Civil Veterinary Department. Madras. Admin. report 1910-25 - 1910-1925
Year: 1910
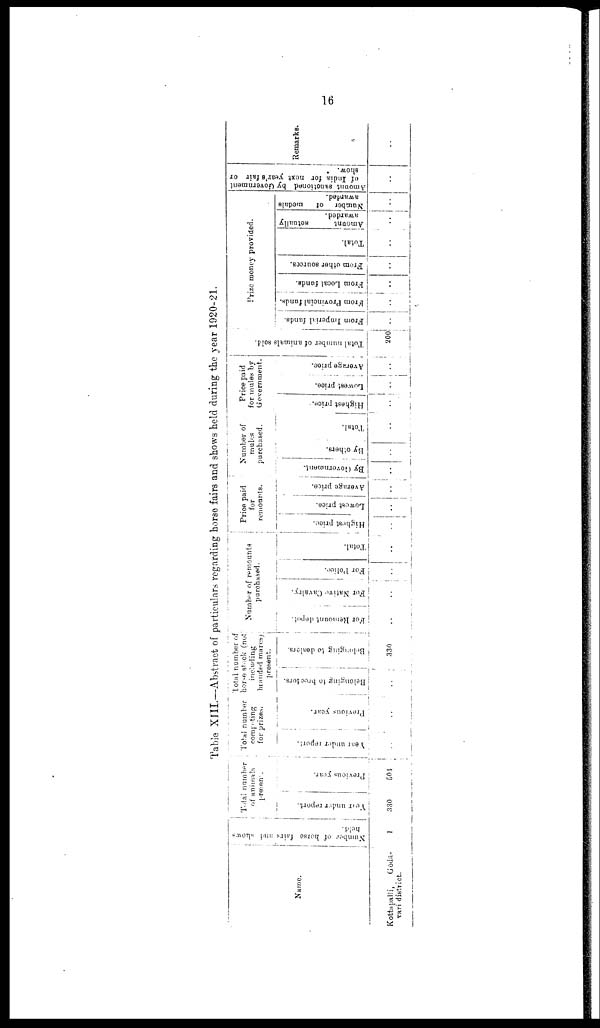
16
Table XIII.—Abstract of particulars regarding horse fairs and shows held during the year 1920-21.
Name.
Kottapalli,
Gōdā-
vari district.
Number of horse fairs and shows
held.
1
Total number
of animals
present.
Year
under report.
330
Previous year.
504
Total number
competing
for prizes.
Year under report.
..
Previous year.
..
Total number of
horse stock (not
including
branded mares)
present.
Belonging to breeders.
..
Belonging to dealers.
330
Number of remounts
purchased.
For Remount depot.
..
For Native Cavalry,
..
For Police.
..
Total.
..
Price paid
for
remounts.
Highest price.
..
Lowest price.
..
Average price.
..
Number of
mules
purchased.
By Government.
..
By others.
..
Total.
..
Price p
for mule
Governm
Highest price.
..
Lowest price.
..
aid
s by
ent.
Average price.
..
Total number of animals sold.
200
From Imperial funds.
..
Prize money provided.
From Provincial funds.
..
From Local funds.
..
From other sources.
..
Total.
..
Amount
actually
awarded.
..
Number of
medals
awarded.
..
Amount sanctioned
by Government
of India for next year's fair or
show.
..
Remarks
..